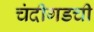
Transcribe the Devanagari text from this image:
चंदीगडची